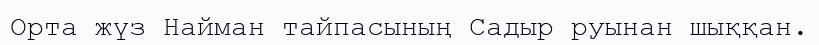
Орта жүз Найман тайпасының Садыр руынан шыққан.